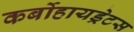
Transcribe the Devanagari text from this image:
कर्बोहायड्रेटस